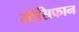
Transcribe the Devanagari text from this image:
स्टेसिफान